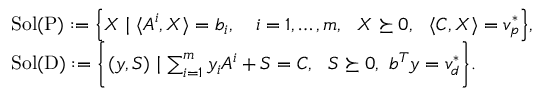
\begin{array} { r l } & { \mathrm { S o l ( P ) } : = \Big \{ X \mid \langle A ^ { i } , X \rangle = b _ { i } , \quad i = 1 , \ldots , m , \ \ X \succeq 0 , \ \ \langle C , X \rangle = v _ { p } ^ { * } \Big \} , } \\ & { \mathrm { S o l ( D ) } : = \bigg \{ ( y , S ) \mid \sum _ { i = 1 } ^ { m } y _ { i } A ^ { i } + S = C , \ \ S \succeq 0 , \ b ^ { T } y = v _ { d } ^ { * } \bigg \} . } \end{array}